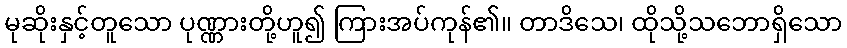
မုဆိုးနှင့်တူသော ပုဏ္ဏားတို့ဟူ၍ ကြားအပ်ကုန်၏။ တာဒိသေ၊ ထိုသို့သဘောရှိသော